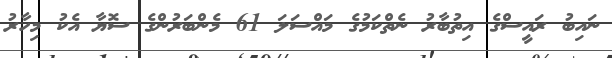
ނައިބު ރައީސްގެ އިތުބާރު ނެތްކަމުގެ މައްސަލަ 61 މެންބަރުންގެ ސޮޔާ އެކު މިހާރު